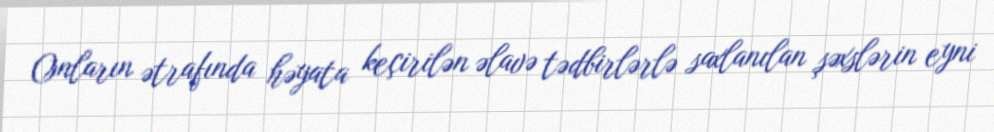
Onların ətrafında həyata keçirilən əlavə tədbirlərlə saxlanılan şəxslərin eyni